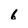
Character: 6